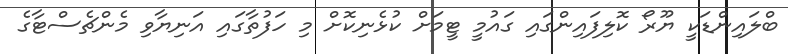
ބްލައިންޑަކީ ޔޫރޯ ކޮލިފައިންގައި ގައުމީ ޓީމަށް ކުޅެނިކޮށް މި ހަފުތާގައި އަނިޔާވި މެންޗެސްޓާގެ